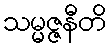
သမ္မဇ္ဇနီတိ